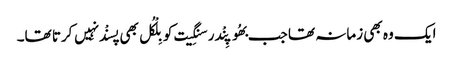
ایک وہ بھی زمانہ تھا جب بھُوپِنْدر سنگِیت کو بِلْکُل بھی پسنْد نہِیں کرتا تھا۔